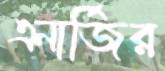
এনার্জির